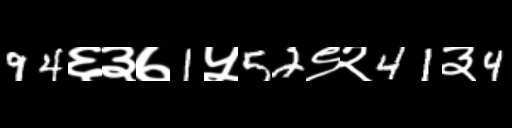
Text: 94६३७1५52९२41३4